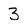
Character: 3